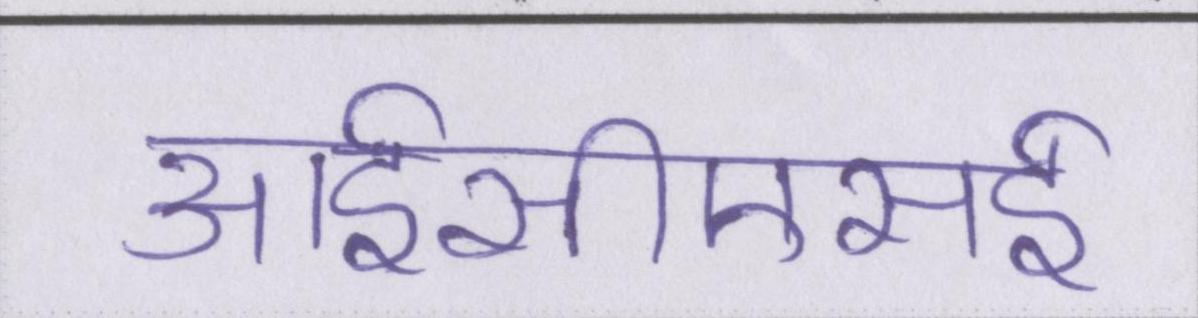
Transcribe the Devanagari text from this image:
आईसीएसई